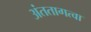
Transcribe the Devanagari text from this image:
अंततागत्वा